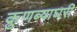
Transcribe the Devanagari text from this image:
कुणब्याघरी